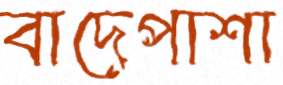
বাদেপাশা